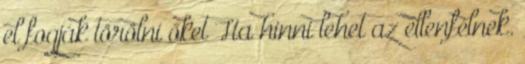
el fogják törölni őket Ha hinni lehet az ellenfélnek.